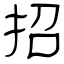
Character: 招